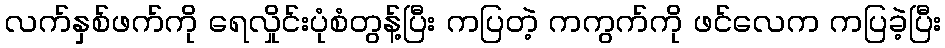
လက်နှစ်ဖက်ကို ရေလှိုင်းပုံစံတွန့်ပြီး ကပြတဲ့ ကကွက်ကို ဖင်လေက ကပြခဲ့ပြီး